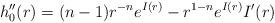
LaTeX: \begin{align*}h_0''(r)=(n-1)r^{-n}e^{I(r)}-r^{1-n}e^{I(r)}I'(r)\end{align*}